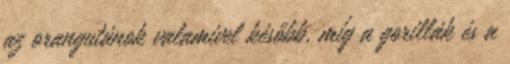
az orangutánok valamivel később, míg a gorillák és a